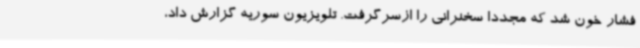
فشار خون شد که مجددا سخنرانی را ازسرگرفت. تلویزیون سوریه گزارش داد،